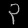
Digit: ၃